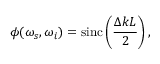
\phi ( \omega _ { s } , \omega _ { i } ) = \operatorname { s i n c } \left( \frac { \Delta k L } { 2 } \right) ,